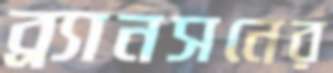
ব্র্যানসনের